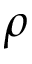
\rho